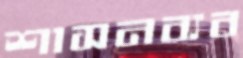
শাসনব্যব